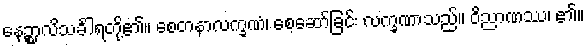
နေဉ္စာလိသင်္ခါရတို့၏။ စေတနာလက္ခဏံ၊ စေ့ဆော်ခြင်း လက္ခဏာသည်။ ဝိညာဏဿ၊ ၏။